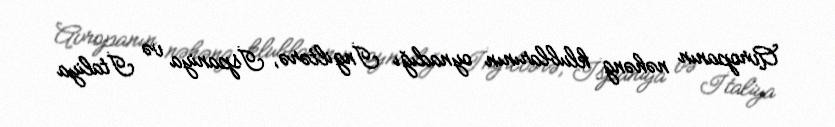
Avropanın nəhəng klublarının oynadığı İngiltərə, İspaniya və İtaliya